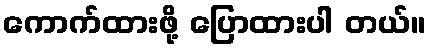
ကောက်ထားဖို့ ပြောထားပါ တယ်။